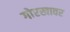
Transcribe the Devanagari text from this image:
गोरखावर